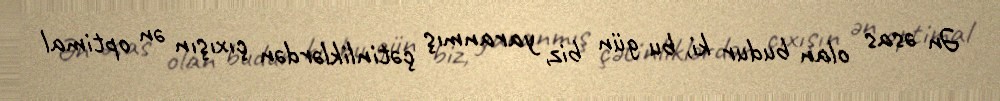
Ən əsas olan budur ki, bu gün biz, yaranmış çətinliklərdən çıxışın ən optimal